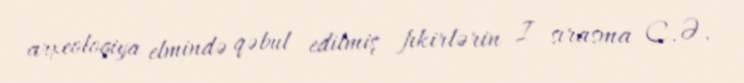
arxeologiya elmində qəbul edilmiş fıkirlərin I sırasma C.Ə.